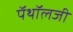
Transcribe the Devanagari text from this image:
पॅथॉलजी